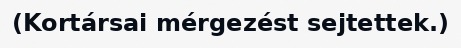
(Kortársai mérgezést sejtettek.)